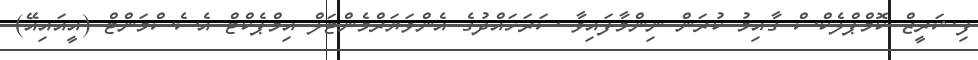
ފިޝަރީޒް ކޮމްޕްލެކްސް ގާއިމު ކުރަން ނިންމާފައިވާ ސަރަހައްދުގެ އެންވަޔަރްމެންޓަލް އިމްޕެކްޓް އެސެސްމަންޓް (އީއައިއޭ)